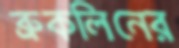
ব্রুকলিনের